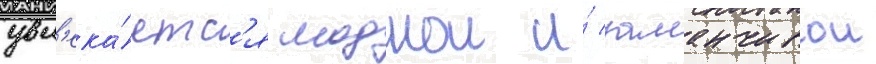
увл'ека́етс'я моднои и́ заманчивои